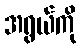
အရွယ်ကို